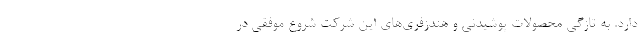
دارد. به تازگی محصولات پوشیدنی و هندزفری‌های این شرکت شروع موفقی در